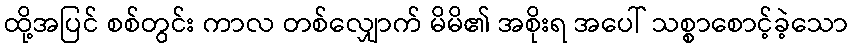
ထို့အပြင် စစ်တွင်း ကာလ တစ်လျှောက် မိမိ၏ အစိုးရ အပေါ် သစ္စာစောင့်ခဲ့သော